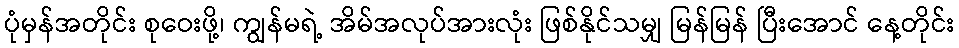
ပုံမှန်အတိုင်း စုဝေးဖို့၊ ကျွန်မရဲ့ အိမ်အလုပ်အားလုံး ဖြစ်နိုင်သမျှ မြန်မြန် ပြီးအောင် နေ့တိုင်း